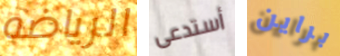
الرياضه أستدعى براين